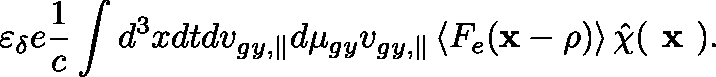
\varepsilon _ { \delta } e \frac { 1 } { c } \int d ^ { 3 } x d t d v _ { g y , \parallel } d \mu _ { g y } v _ { g y , \parallel } \left\langle F _ { e } ( \mathbf { x } - \mathbf { \mathbf { \rho } } ) \right\rangle \hat { \chi } ( \textbf { x } ) .